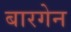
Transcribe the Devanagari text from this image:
बारगेन